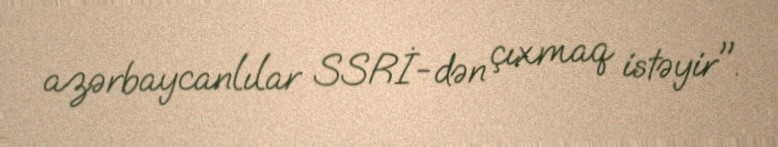
azərbaycanlılar SSRİ-dən çıxmaq istəyir".